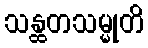
သန္ထတသမ္မုတိ